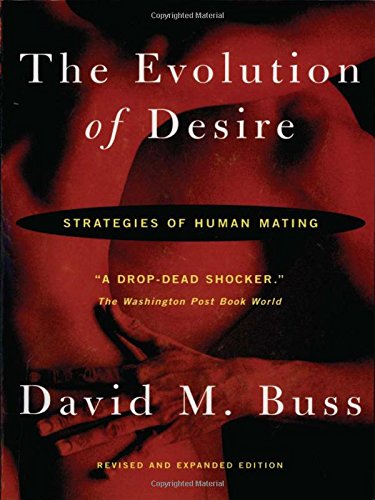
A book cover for The Evolution Of Desire - Revised Edition 4; David M. Buss; Medical Books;